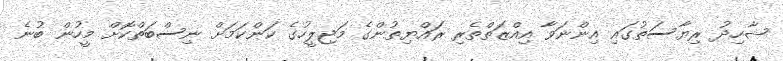
ޝާހިދު ރިޔާސަތުގައި އިންނަވާ އިއްޒަތްތެރި ރައްޔިތުންގެ މަޖިލީހުގެ ކަންކަމަށް ނިސްބަތްކޮށް މީހުން ބުނެ